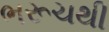
ભરૂચથી